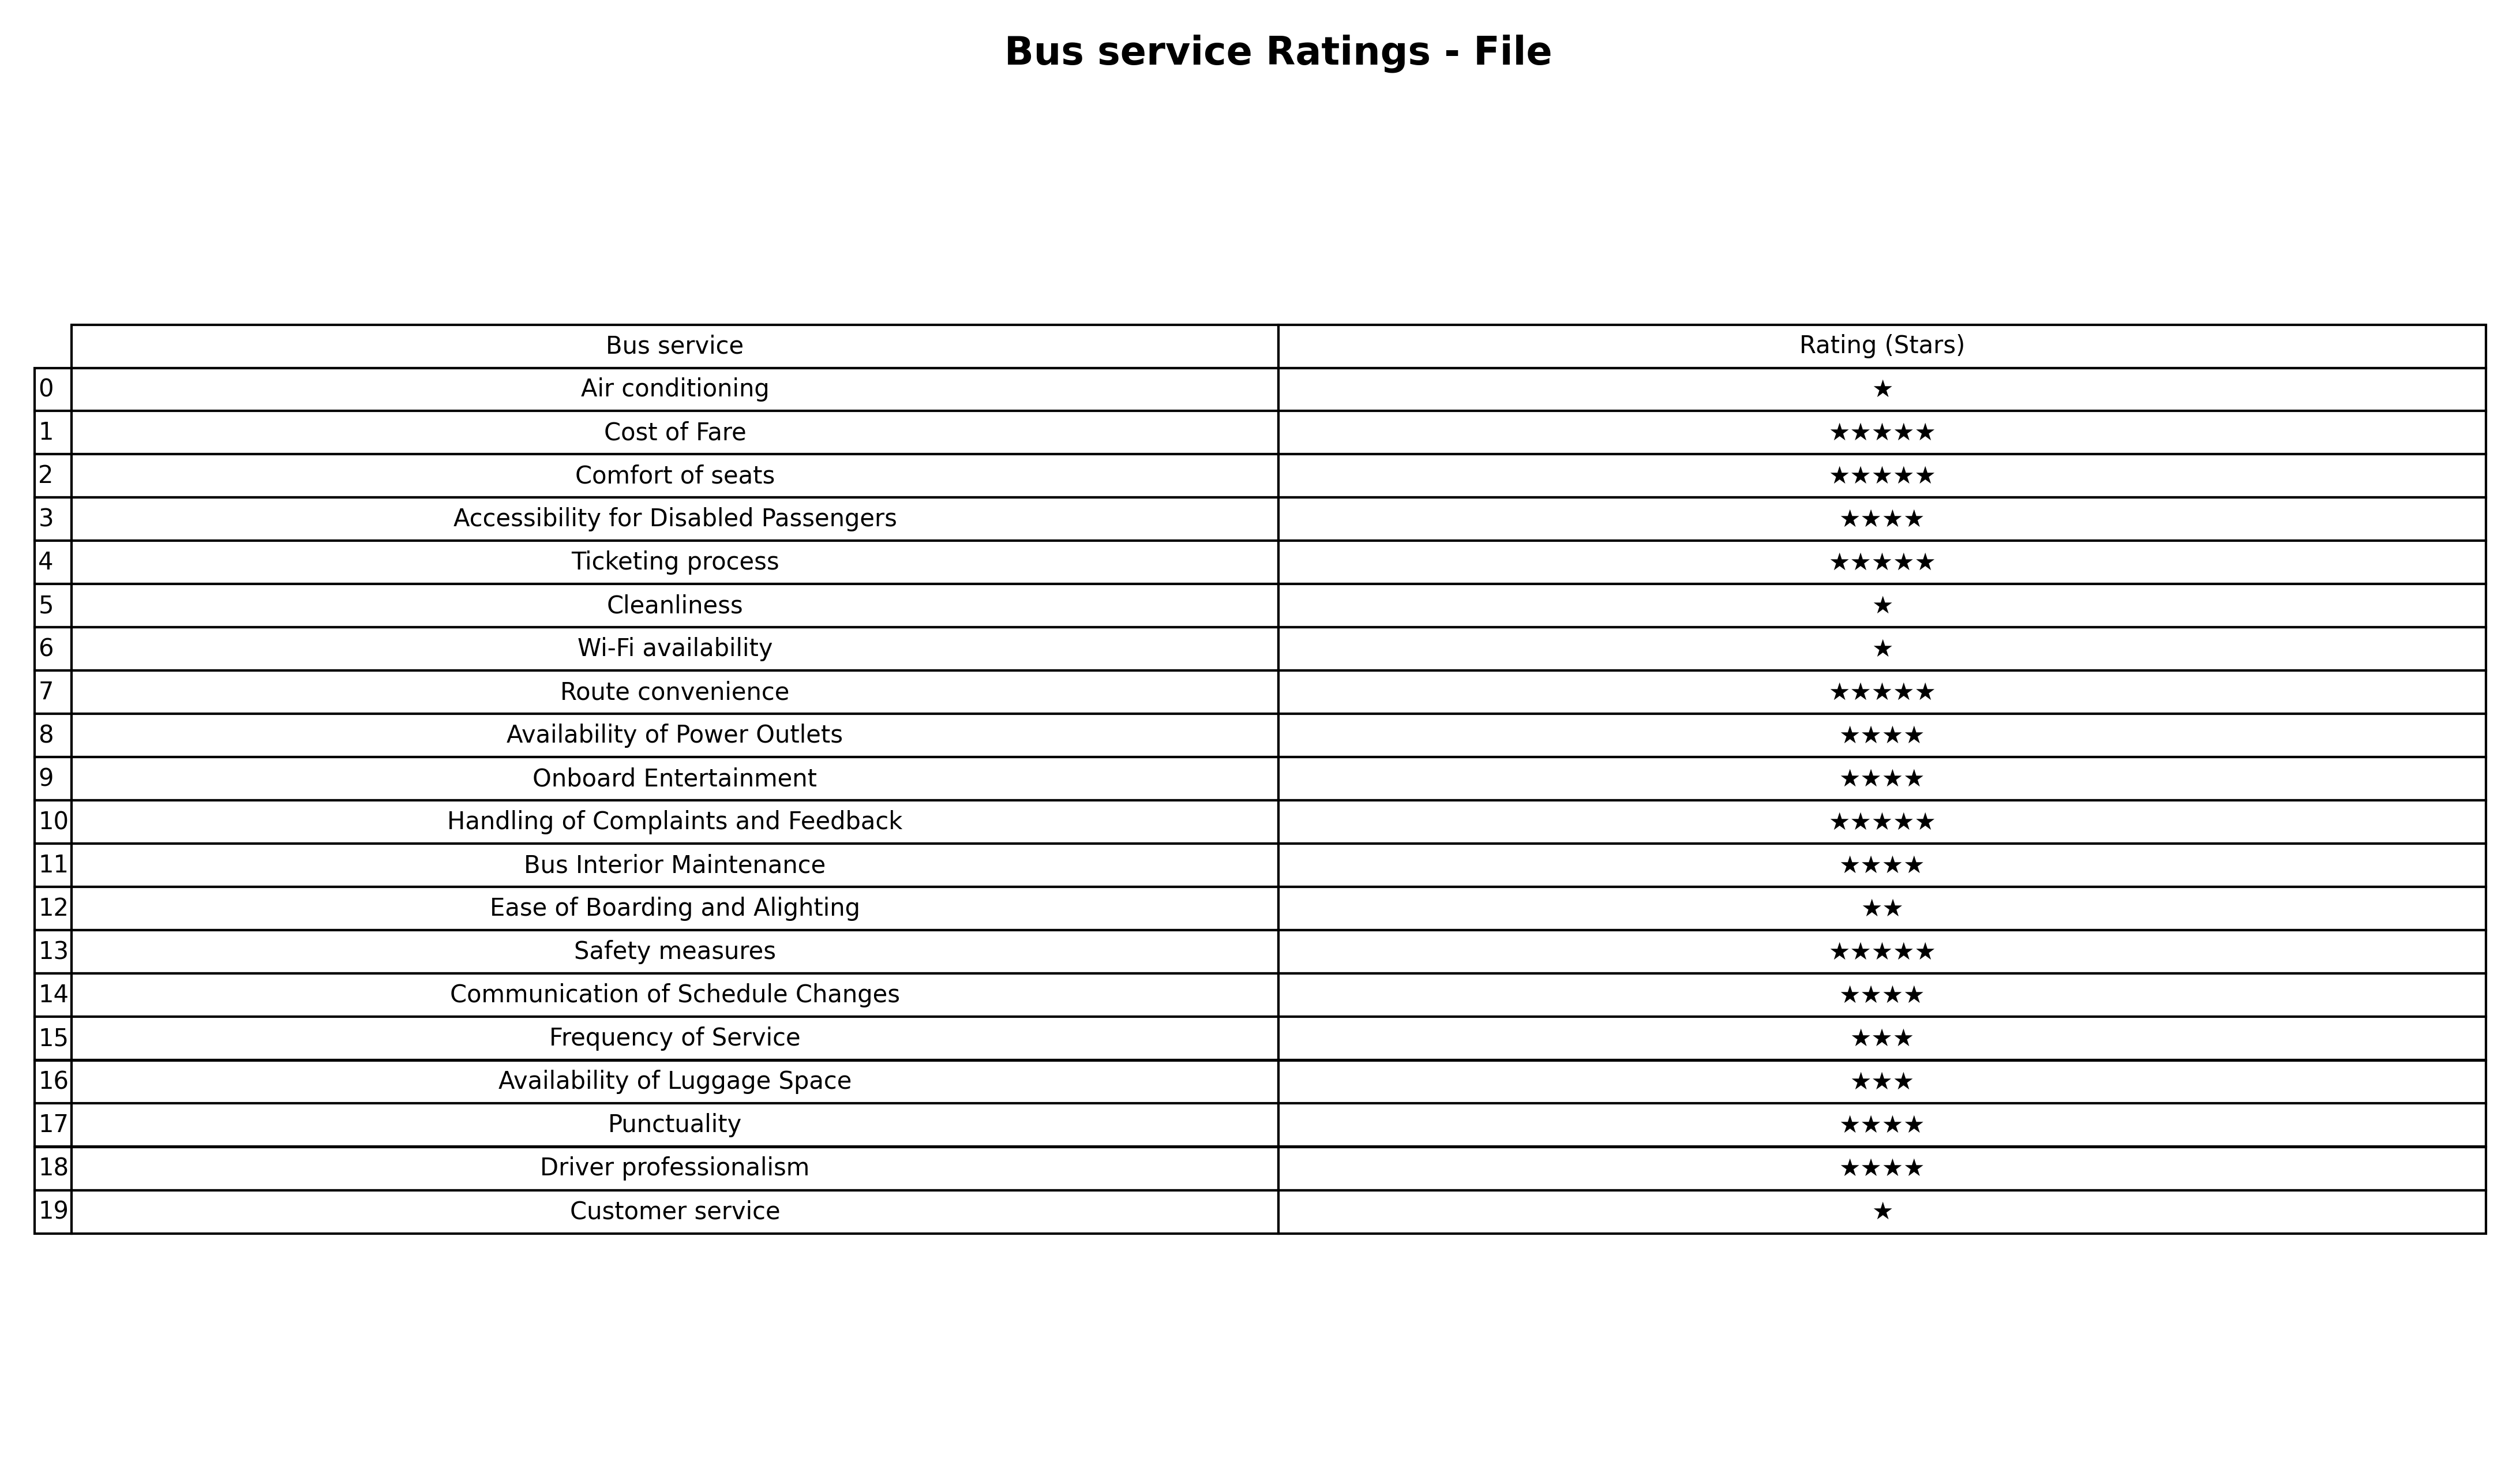
question: What is the rating of Air conditioning?
answer: ★